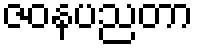
ဇဝနပညတာ